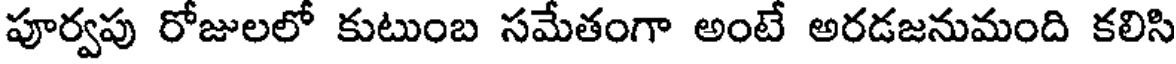
పూర్వపు రోజులలో కుటుంబ సమేతంగా అంటే అరడజనుమంది కలిసి